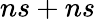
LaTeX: ns+ns